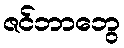
ဇင်ဘာဘွေ